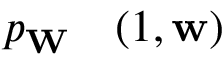
\begin{array} { r l } { p _ { \mathbf { W } } } & { { } ( 1 , \mathbf { w } ) } \end{array}